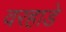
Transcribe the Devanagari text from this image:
वरहाडे